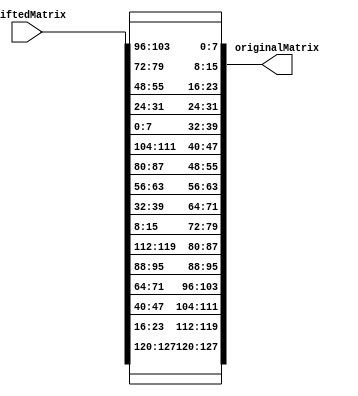
module InvShiftRows (shiftedMatrix, originalMatrix);
	input [0:127] shiftedMatrix;
	output [0:127] originalMatrix;
	
	// First row isn't shifted
	assign originalMatrix[0+:8] = shiftedMatrix[0+:8];
	assign originalMatrix[32+:8] = shiftedMatrix[32+:8];
	assign originalMatrix[64+:8] = shiftedMatrix[64+:8];
    assign originalMatrix[96+:8] = shiftedMatrix[96+:8];
	
	// Second row is shifted right by 1
    assign originalMatrix[8+:8] = shiftedMatrix[104+:8];
    assign originalMatrix[40+:8] = shiftedMatrix[8+:8];
    assign originalMatrix[72+:8] = shiftedMatrix[40+:8];
    assign originalMatrix[104+:8] = shiftedMatrix[72+:8];
	
	// Third row is shifted right by 2
    assign originalMatrix[16+:8] = shiftedMatrix[80+:8];
    assign originalMatrix[48+:8] = shiftedMatrix[112+:8];
    assign originalMatrix[80+:8] = shiftedMatrix[16+:8];
    assign originalMatrix[112+:8] = shiftedMatrix[48+:8];
	
	// Fourth row is shifted right by 3
    assign originalMatrix[24+:8] = shiftedMatrix[56+:8];
    assign originalMatrix[56+:8] = shiftedMatrix[88+:8];
    assign originalMatrix[88+:8] = shiftedMatrix[120+:8];
    assign originalMatrix[120+:8] = shiftedMatrix[24+:8];

endmodule